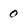
Character: 0